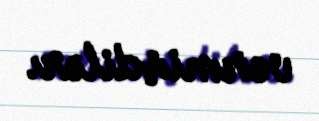
vermişdilər.